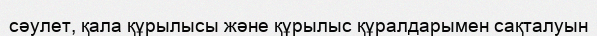
сәулет, қала құрылысы және құрылыс құралдарымен сақталуын